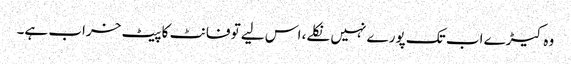
وہ کیڑے اب تک پورے نہیں نکلے، اس لیے تو فانٹ کا پیٹ خراب ہے۔